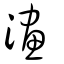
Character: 澅